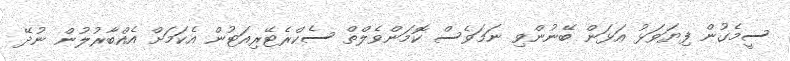
ސީމެގުން ފިޔަވަޅު އަޅަން ބޭނުންވި ނަމަވެސް ކޮމަންވެލްތް ސެކްރެޓޭރިއަޓުން އެކަމަށް އެއްބާރުލުން ނުދޭ